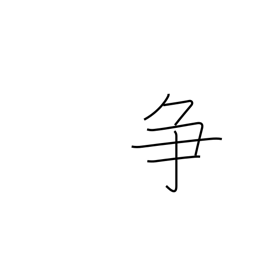
Meaning: contend